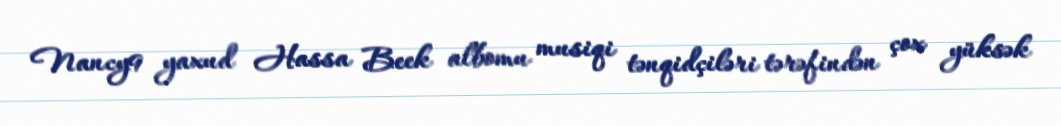
Nancy9 yaxud Hassa Beek albomu musiqi tənqidçiləri tərəfindən çox yüksək